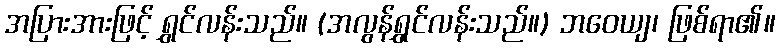
အပြားအားဖြင့် ရွှင်လန်းသည်။ (အလွန်ရွှင်လန်းသည်။) ဘဝေယျ၊ ဖြစ်ရာ၏။